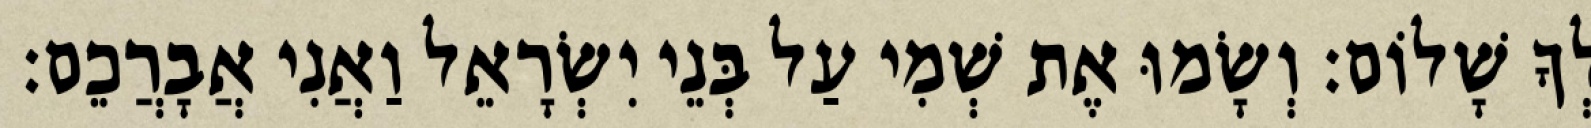
לְךָ שָׁלוֹם׃ וְשָׂמוּ אֶת שְׁמִי עַל בְּנֵי יִשְׂרָאֵל וַאֲנִי אֲבָרֲכֵם׃